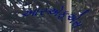
આરએફએસ